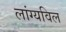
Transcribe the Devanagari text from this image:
लांग्यविल